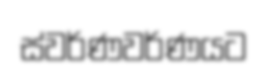
ස්වර්ණවර්ණයට